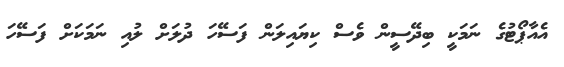
އެއާޕޯޓުގެ ނަމަކީ ބިދޭސީން ވެސް ކިޔައިލަން ފަސޭހަ ދުލަށް ލުއި ނަމަކަށް ފަސޭހަ